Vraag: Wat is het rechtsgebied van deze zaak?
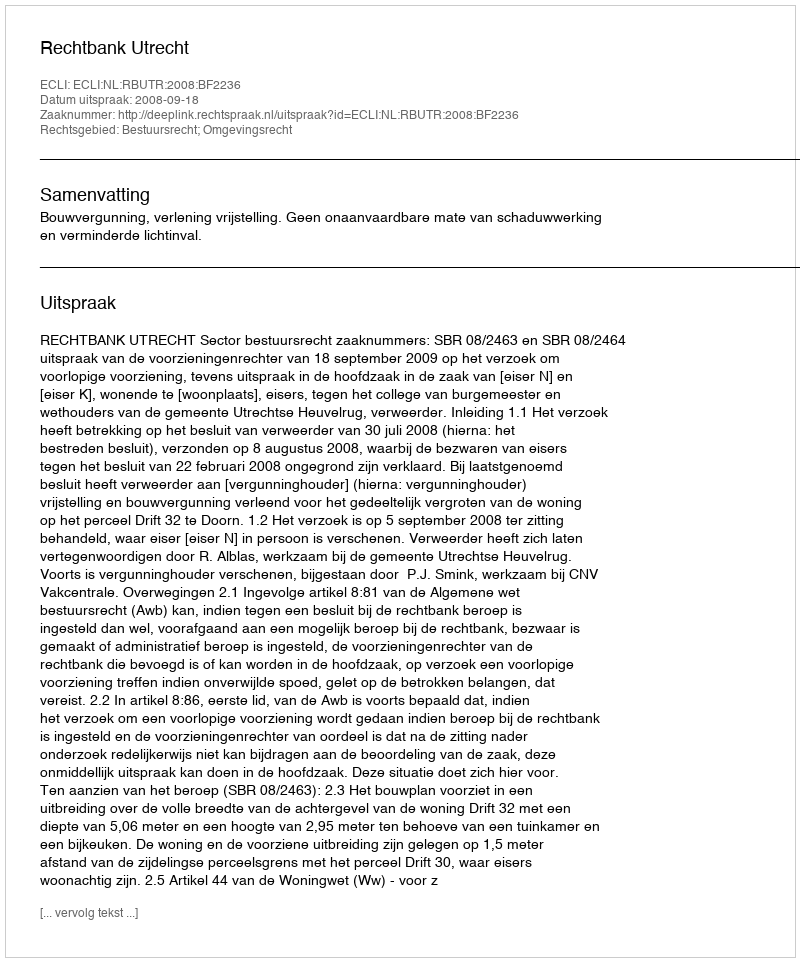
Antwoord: Bestuursrecht; Omgevingsrecht